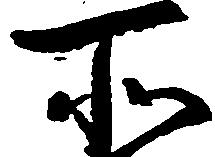
所